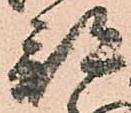
部